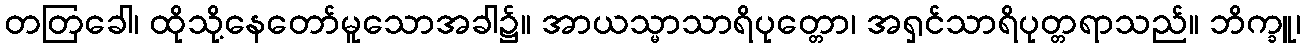
တတြခေါ၊ ထိုသို့နေတော်မူသောအခါ၌။ အာယသ္မာသာရိပုတ္တော၊ အရှင်သာရိပုတ္တရာသည်။ ဘိက္ခူ၊